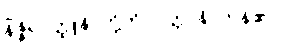
နိဇ္ဇိရဝတ္ထူနိ၊ တို့ကို။ ဝုတ္တာနိ၊ ကုန်၏။